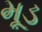
મૂડ